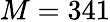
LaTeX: M=341